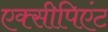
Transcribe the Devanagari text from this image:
एक्सीपिएंट